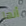
أنها